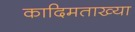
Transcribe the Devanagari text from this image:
कादिमताख्या